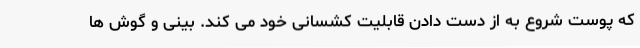
که پوست شروع به از دست دادن قابلیت کشسانی خود می کند. بینی و گوش ها